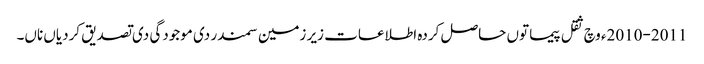
2010-2011ء وچ ثقل پیما تو‏ں حاصل کردہ اطلاعات زیر زمین سمندر دی موجودگی دی تصدیق کردیاں ناں۔